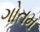
ગોતમ